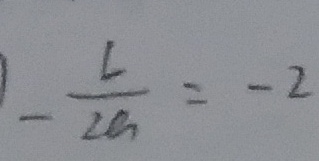
- \frac { L } { 2 a } = - 2